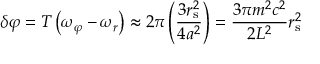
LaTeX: \delta \varphi = T \left( \omega _ { \varphi } - \omega _ { r } \right) \approx 2 \pi \left( { \frac { 3 r _ { \mathrm { { s } } } ^ { 2 } } { 4 a ^ { 2 } } } \right) = { \frac { 3 \pi m ^ { 2 } c ^ { 2 } } { 2 L ^ { 2 } } } r _ { \mathrm { { s } } } ^ { 2 }